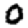
Digit: 0